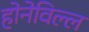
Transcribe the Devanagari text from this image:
होनेविल्ल